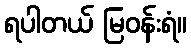
ရပါတယ် မြဝန်းရံ။